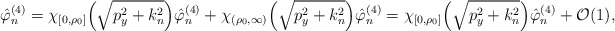
\begin{align*} \hat \varphi^{(4)}_n = \chi_{[0, \rho_0]} \Bigl( \sqrt{p_y^2 +k_n^2}\Bigr) \hat \varphi^{(4)}_n + \chi_{(\rho_0 , \infty)} \Bigl( \sqrt{p_y^2 +k_n^2}\Bigr) \hat \varphi^{(4)}_n = \chi_{[0, \rho_0]} \Bigl( \sqrt{p_y^2 +k_n^2}\Bigr) \hat \varphi^{(4)}_n + \mathcal{O}(1), \end{align*}